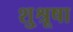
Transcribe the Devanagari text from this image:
शु्श्रूषा